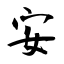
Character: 安